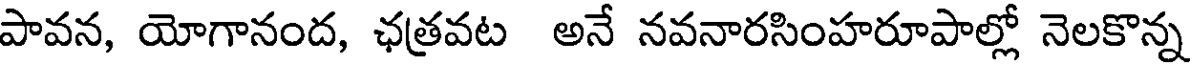
పావన, యోగానంద, ఛత్రవట అనే నవనారసింహరూపాల్లో నెలకొన్న